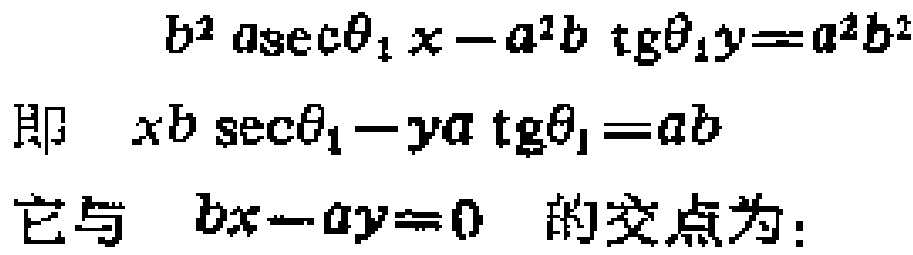
\[
\begin{align*}
&b^{2}a\sec\theta_{1}x - a^{2}b\tan\theta_{1}y = a^{2}b^{2}\\
\text{即}\ &xb\sec\theta_{1}-ya\tan\theta_{1}=ab\\
\text{它与}\ &bx - ay = 0\ \text{的交点为：}
\end{align*}
\]